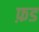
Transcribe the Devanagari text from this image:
फ़ड